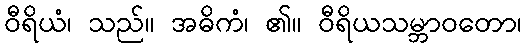
ဝီရိယံ၊ သည်။ အဓိကံ၊ ၏။ ဝီရိယသမ္ဘာဝတော၊